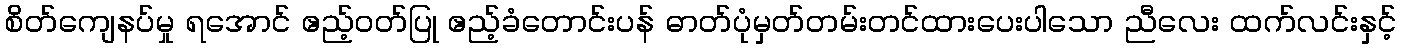
စိတ်ကျေနပ်မှု ရအောင် ဧည့်ဝတ်ပြု ဧည့်ခံတောင်းပန် ဓာတ်ပုံမှတ်တမ်းတင်ထားပေးပါသော ညီလေး ထက်လင်းနှင့်